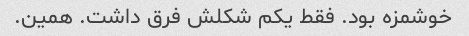
خوشمزه بود. فقط یکم شکلش فرق داشت. همین.